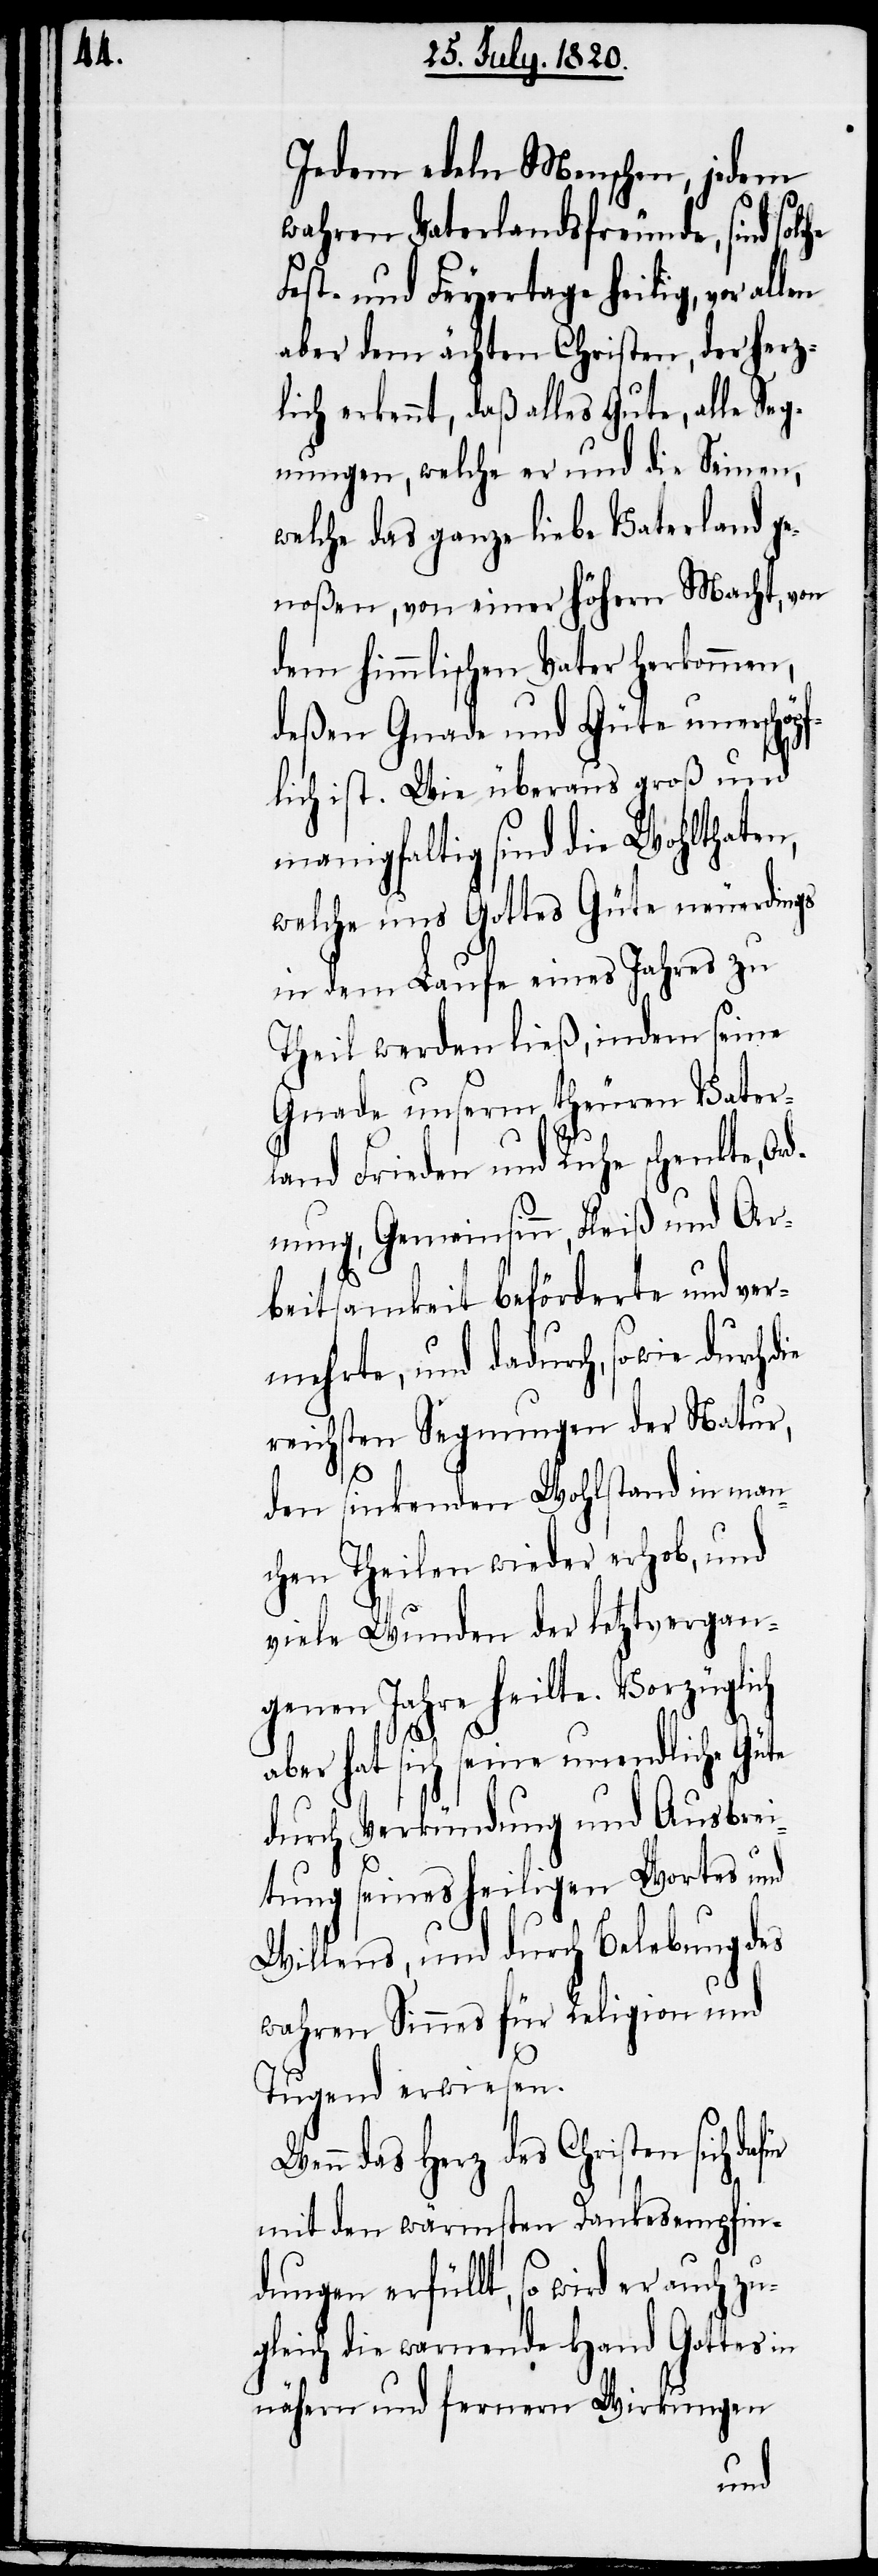
ch

Jedem edeln Menschen, jedem
wahren Vaterlandsfreunde, sind
Last- und Feyertage heilig, vor al¬
aber dem ächten Christen, der herz¬
lich erkennt, daß alles Gute, alle Se¬
gnungen, welche er und die seinen,
welche das ganze liebe Vaterland ge¬
noßen, von einer höhern Macht, von
dem himmlischen Vater herkommen,
deßen Gnade und Güte unerschöpf¬
lich ist. Wie überaus groß und
manigfaltig sind die Wohlthaten,
welche uns Gottes Güte neuerdings
in dem Laufe eines Jahres zu
Theil werden ließ, indem seine
Gnade unserm theuren Vater¬
land Frieden und Ruhe schenkte,
dnung, Gemeinsinn, Fleiß und Ar¬
beitsamkeit beförderte und ver¬
mehrte, und dadurch, sowie durch
reichsten Segnungen der Natur,
den sinkenden Wohlstand in man¬
chen Theilen wieder erhob, und
viele Wunden der letztvergan¬
genen Jahre heilte. Vorzügli¬
aber hat sich seine unendliche Güte
durch Verkündung und Ausbrei¬
tung seines heiligen Wortes und
Willens, und durch Belebung des
wahren Sinnes für Religion und
Tugend erwiesen.
das Herz des Christen sich da¬
mit den wärmsten Dankesempfin¬
dungen erfüllt, so wird er auch zu¬
gleich die warnende Hand Gottes in
nähern und fernern Wirkungen
für